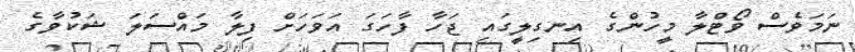
ނަމަވެސް ވޯޓްލާ މީހުންގެ އިނގިލީގައި ޖަހާ ފާހަގަ އަވަހަށް ފިލާ މައްސަލަ ޝަކުވާގެ